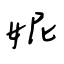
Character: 妮